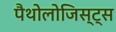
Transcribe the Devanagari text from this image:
पैथोलोजिस्ट्स